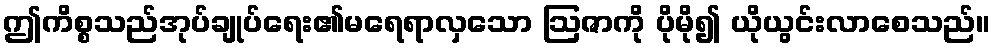
ဤကိစ္စသည်အုပ်ချုပ်ရေး၏မရေရာလှသော ဩဇာကို ပိုမို၍ ယိုယွင်းလာစေသည်။